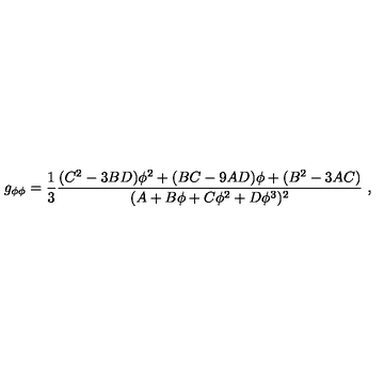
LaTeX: g _ { \phi \phi } = { \frac { 1 } { 3 } } { \frac { ( C ^ { 2 } - 3 B D ) \phi ^ { 2 } + ( B C - 9 A D ) \phi + ( B ^ { 2 } - 3 A C ) } { ( A + B \phi + C \phi ^ { 2 } + D \phi ^ { 3 } ) ^ { 2 } } } \ ,